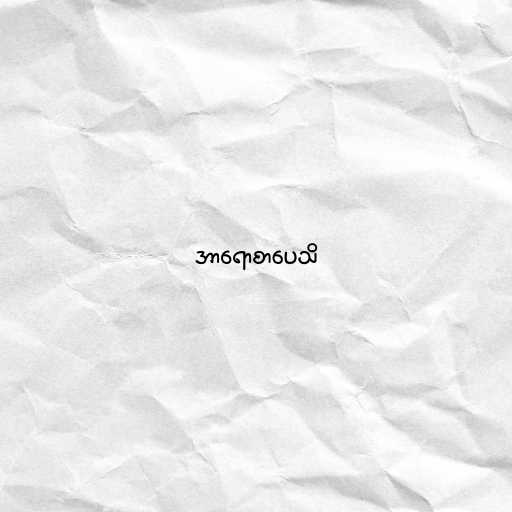
အာရောစာပေသိ